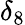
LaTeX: \delta_{8}